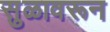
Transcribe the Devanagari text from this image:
सुळावरून